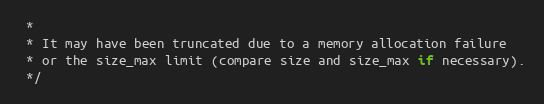
Language: C
 *
 * It may have been truncated due to a memory allocation failure
 * or the size_max limit (compare size and size_max if necessary).
 */